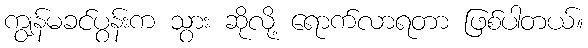
ကျွန်မခင်ပွန်းက သွား ဆိုလို့ ရောက်လာရတာ ဖြစ်ပါတယ်။